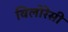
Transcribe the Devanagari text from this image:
विलोरेसी